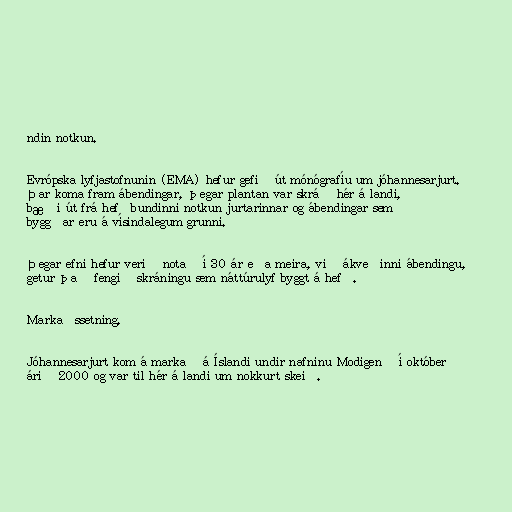
ndin notkun.

Evrópska lyfjastofnunin (EMA) hefur gefið út mónógrafíu um jóhannesarjurt.
Þar koma fram ábendingar, þegar plantan var skráð hér á landi,
bæði út frá hefðbundinni notkun jurtarinnar og ábendingar sem
byggðar eru á vísindalegum grunni.

Þegar efni hefur verið notað í 30 ár eða meira, við ákveðinni ábendingu,
getur það fengið skráningu sem náttúrulyf byggt á hefð.

Markaðssetning.

Jóhannesarjurt kom á markað á Íslandi undir nafninu Modigen® í október
árið 2000 og var til hér á landi um nokkurt skeið.